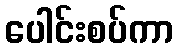
ပေါင်းစပ်ကာ